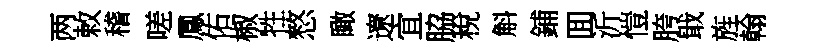
两敕稽嗟鳳佑椒牲憗瞰遼宜脇稅斛鋪囬沂愷胯戢旌翰